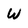
Character: W